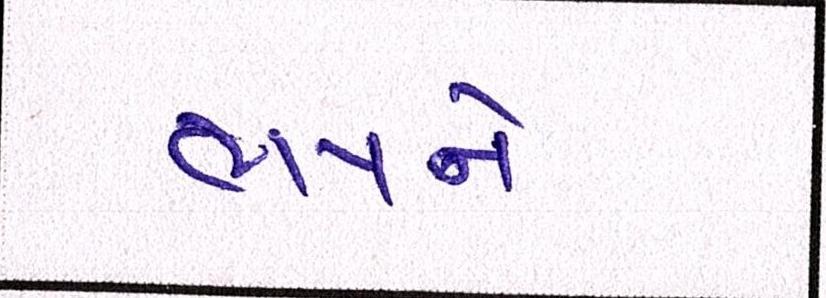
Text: ભયને